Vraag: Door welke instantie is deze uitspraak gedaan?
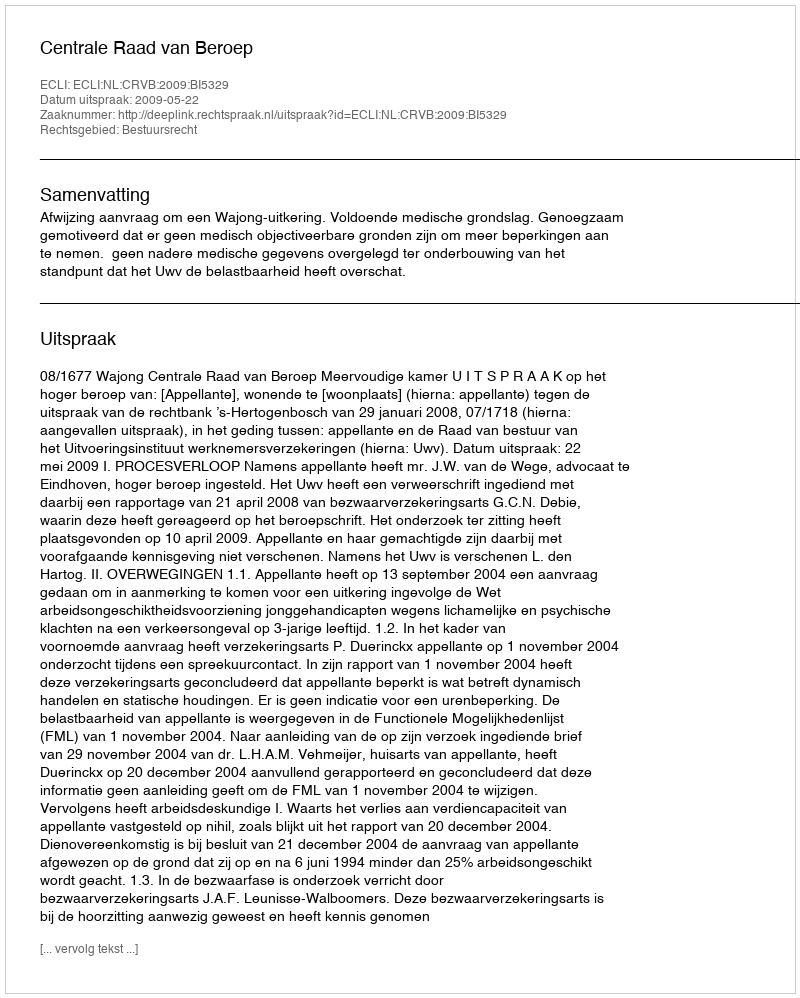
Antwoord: Centrale Raad van Beroep